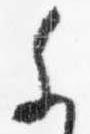
参